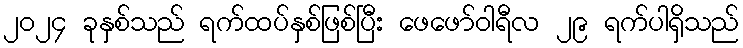
၂၀၂၄ ခုနှစ်သည် ရက်ထပ်နှစ်ဖြစ်ပြီး ဖေဖော်ဝါရီလ ၂၉ ရက်ပါရှိသည်